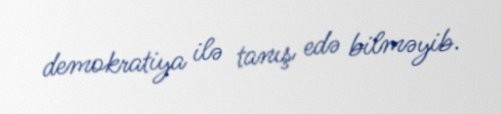
demokratiya ilə tanış edə bilməyib.